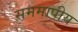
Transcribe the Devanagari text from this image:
सममापीय